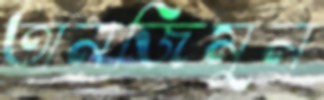
তানজিমুন